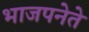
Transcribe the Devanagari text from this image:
भाजपनेते